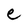
Character: e